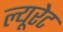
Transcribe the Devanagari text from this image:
ल्यूरेट